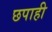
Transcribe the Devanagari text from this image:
छपाही